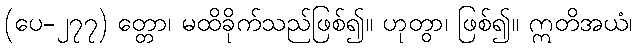
(ပေ-၂၇၇) တ္တော၊ မထိခိုက်သည်ဖြစ်၍။ ဟုတွာ၊ ဖြစ်၍။ ဣတိအယံ၊